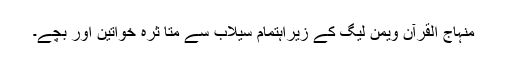
﻿ منہاج القرآن ویمن لیگ کے زیراہتمام سیلاب سے متا ثرہ خواتین اور بچے۔